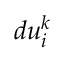
d u _ { i } ^ { k }